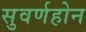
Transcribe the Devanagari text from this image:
सुवर्णहोन